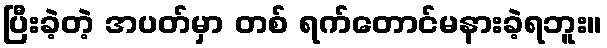
ပြီးခဲ့တဲ့ အပတ်မှာ တစ် ရက်တောင်မနားခဲ့ရဘူး။